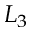
L _ { 3 }